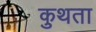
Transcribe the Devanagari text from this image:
कुथता